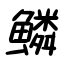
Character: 鱗